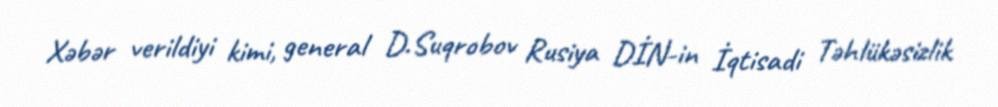
Xəbər verildiyi kimi, general D.Suqrobov Rusiya DİN-in İqtisadi Təhlükəsizlik